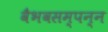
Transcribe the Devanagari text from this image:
वैभवसम्पन्न